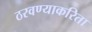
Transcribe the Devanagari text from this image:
ठरवण्याकरिता